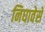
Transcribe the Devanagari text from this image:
निघावेसे